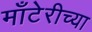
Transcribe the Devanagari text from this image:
माँटेरीच्या